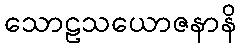
သောဠသယောဇနာနိ